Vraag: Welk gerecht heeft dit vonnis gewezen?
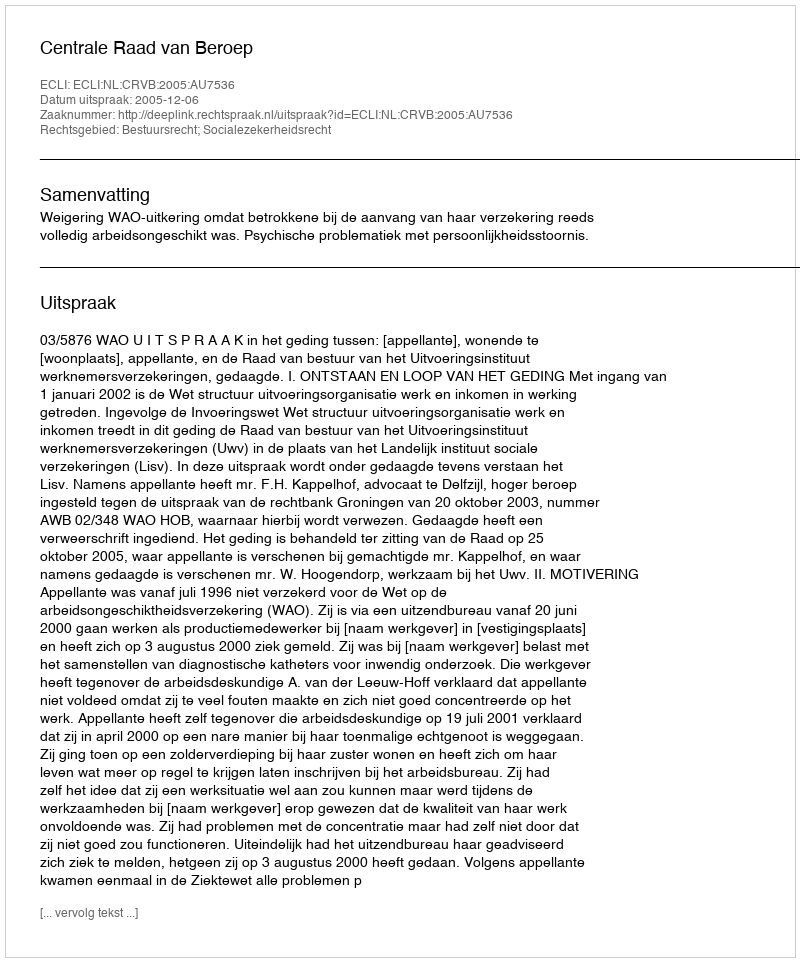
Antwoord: Centrale Raad van Beroep